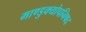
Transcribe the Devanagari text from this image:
माण्डुक्योपनिषद